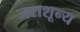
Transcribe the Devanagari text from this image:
जराशून्य